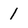
Character: 1